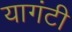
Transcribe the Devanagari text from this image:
यागंटी